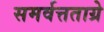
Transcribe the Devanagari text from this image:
समर्वत्तताग्रे